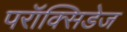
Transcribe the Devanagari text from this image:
परॉक्सिडेज